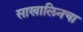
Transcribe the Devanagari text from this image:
साखालिनचा